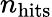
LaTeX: n_{\mathrm{hits}}